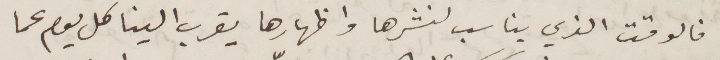
فالوقت الذي يناسب لنشرها واظهارها يقرب الينا كل يوم عما